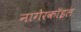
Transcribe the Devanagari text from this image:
नागेरकॉइल